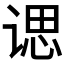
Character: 𫍰